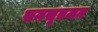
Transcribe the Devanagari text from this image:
समसूत्रजन